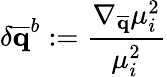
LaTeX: \delta{\mathbf{\overline{{q}}}}^{b}:=\frac{\nabla_{\mathbf{\overline{{q}}}}\mu_{i}^{2}}{\mu_{i}^{2}}